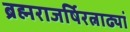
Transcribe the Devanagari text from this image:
ब्रह्मराजर्षिरत्नाढ्यां